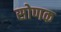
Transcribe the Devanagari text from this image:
सोणक